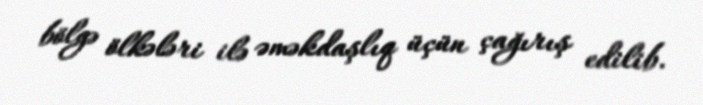
bölgə ölkələri ilə əməkdaşlıq üçün çağırış edilib.